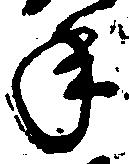
年